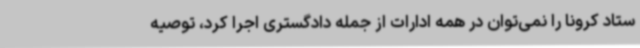
ستاد کرونا را نمی‌توان در همه ادارات از جمله دادگستری اجرا کرد، توصیه